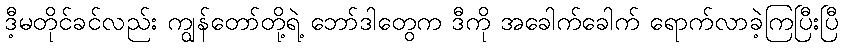
ဒီ့မတိုင်ခင်လည်း ကျွန်တော်တို့ရဲ့ ဘော်ဒါတွေက ဒီကို အခေါက်ခေါက် ရောက်လာခဲ့ကြပြီးပြီ